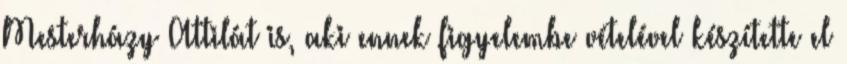
Mesterházy Attilát is, aki ennek figyelembe vételével készítette el